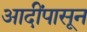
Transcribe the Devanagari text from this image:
आदींपासून